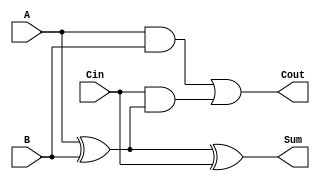
module LowPowerFullAdder (
    input wire A,     // First input bit
    input wire B,     // Second input bit
    input wire Cin,   // Carry-in bit
    output wire Sum,  // Resulting sum bit
    output wire Cout   // Carry-out bit
);

// Internal wires for intermediate signals
wire AxorB;         // Intermediate signal for A XOR B

// Logic to compute Sum
assign AxorB = A ^ B;  // A XOR B
assign Sum = AxorB ^ Cin; // Sum = (A XOR B) XOR Cin

// Logic to compute Cout
assign Cout = (A & B) | (Cin & AxorB); // Cout = (A AND B) OR (Cin AND (A XOR B))

endmodule